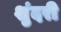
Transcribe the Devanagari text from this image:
शुंदरी